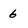
Character: 6